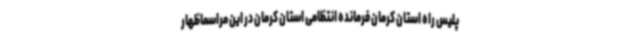
پلیس راه استان کرمان فرمانده انتظامی استان کرمان در این مراسماظهار